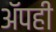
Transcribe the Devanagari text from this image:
अॅपही